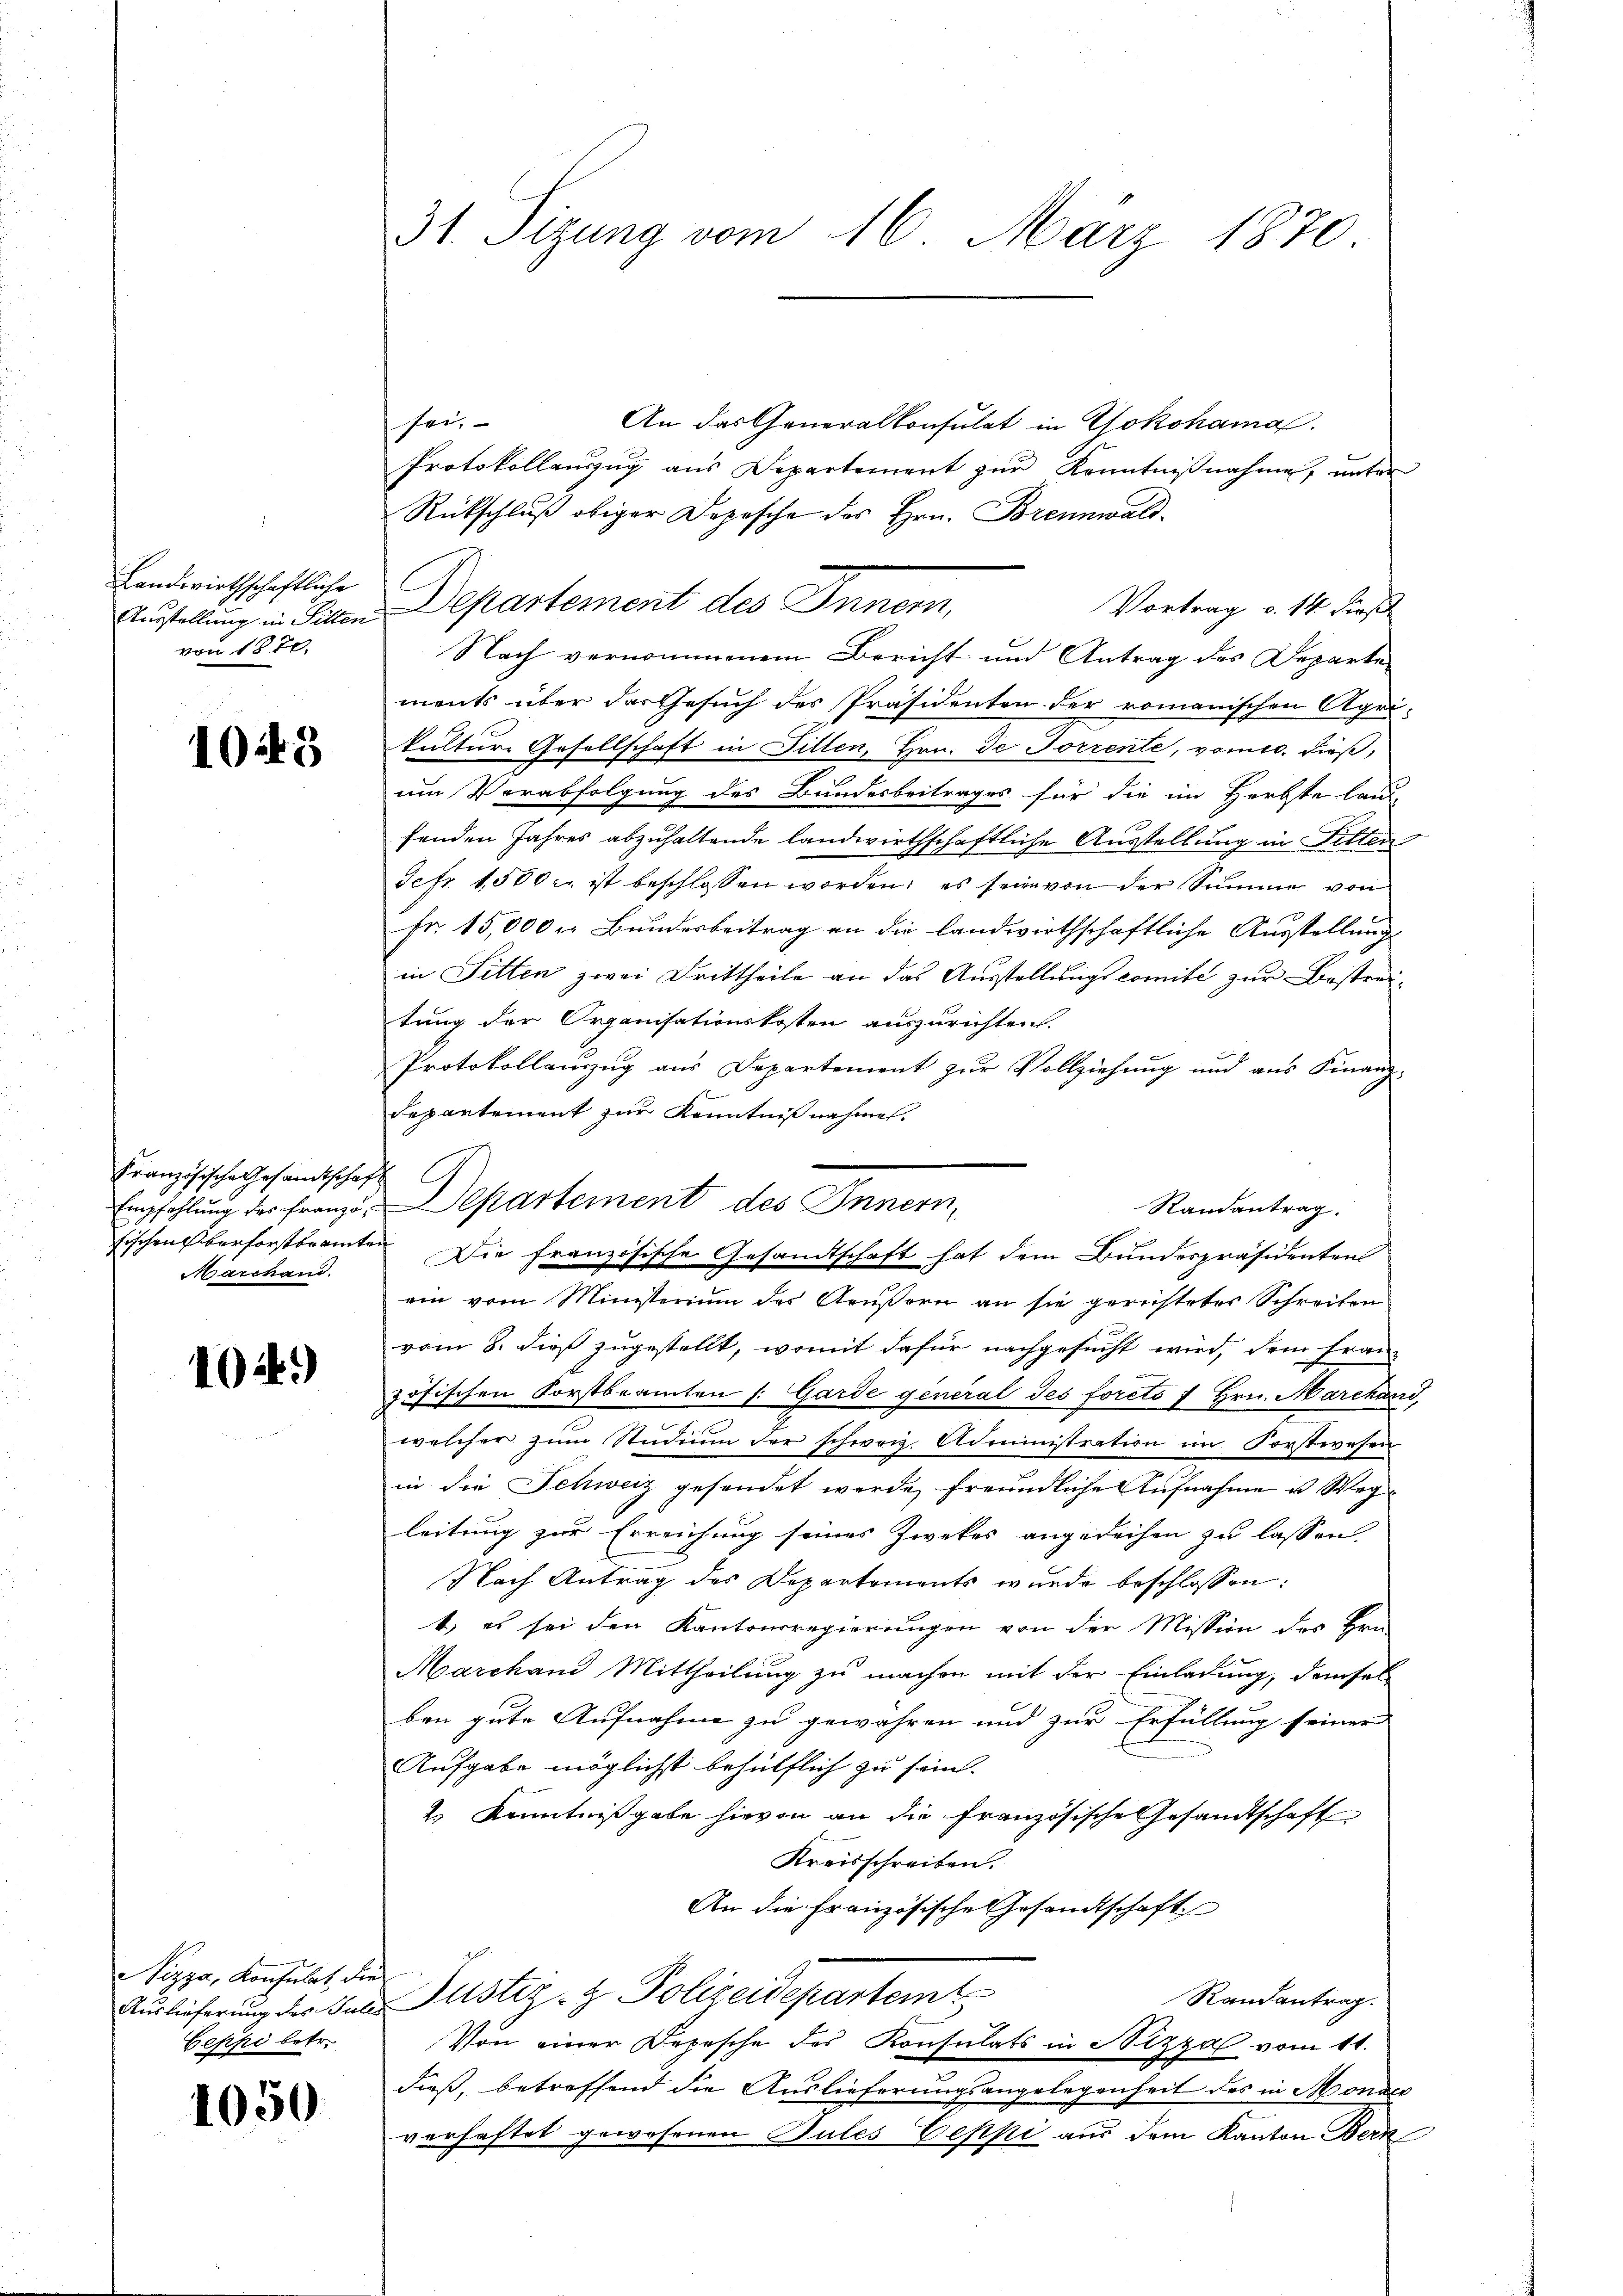
Landwirthschaftliche
Ausstellung in Sitten
von 1870

1045

Französische Gesamtscha
Empfehlung des Franzö¬
Fischen verforstbeamte
Marchand.

104)

Nizza, Konsulat, die
Auslieferung des Gull.
Ceppi betr.

1050

31. Sitzung vom 16. März 1870.

sei.
An das Generalkonsulat in Yokohama
Protokollanzug aus Departement zur Kenntnißnahme, unter
Rückschluß obiger Depesche des Hrn. Brennwald¬
Departement des Inner,
Vortrag v. 14 First
Nach vernommenem Bericht und Antrag des Departe
ments über das Gesuch des Präsidenten der romanischen Agrikulture Gesellschaft in Fillen, Hrn. Je Forrente, vom 10. dieß,
um Verabfolgung des Bundesbeitrages für die im Herbste land-
fenden Jahres abzuhaltende landwirthschaftliche Ausstellung in Fitten
Sefr. 1500 c. ist beschlossen worden; es sein von der Summe von
Fr. 15,000 r. Bundesbeitrag an die landwirthschaftliche Ausstellung,
in Sitten zwei Drittheile an das Ausstellungscomite zur Bestreitung der Organisationskosten auszurichten.
Protokollauszug aus Departement zur Vollziehung und aus Finanz-
s
Separtement zur Kenntnißnahmen.
Departement des Innern,
Randantrag.
 Die französische Gesandtschaft hat dem Bundespräsidenten
ein vom Ministerium des Aeußern an sie gerichteter Schreiben
vom 8. dieß zugestellt, womit dafür nachgesucht wird, dem Fran-
zösischen Forstbeamten /: Garde general des foreto 7 Hrn. Marchand,
welcher zŭm Studium der schweiz. Administration im Forstwesen
in die Schweiz gesendet werde, freundliche Aufnahme u. Weg
leitung zur Erreichung seines Zwekes angedeihen zu lassen.
Nach Antrag des Departements wurde beschlossen:
t, es sei den Kantonsregierungen von der Mission des Hrn.
Marchand Mittheilung zu machen mit der Einladung, demsel-
ben gute Aufnahme zu gewähren und zur Erfüllung seiner
Aufgabe möglichst behülflich zu sein.
2 Kenntnißgabe hievon an die Französische Gesandtschaft
Kreisschreiben.
An die Französische Gesandtschaft
Justiz- & Polizeidepartem
Randantrag.
Von einer Depesche des Konsulats in Nizza vom 11.
dieß, betreffend die Auslieferungsangelegenheit des in Monder
verhaftet gewesenen Pules Oeppi aus dem Kanton Bern